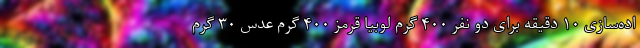
اده‌سازی ۱۰ دقیقه برای دو نفر ۴۰۰ گرم لوبیا قرمز ۴۰۰ گرم عدس ۳۰ گرم